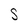
Character: S